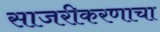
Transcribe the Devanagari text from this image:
साजरीकरणाचा